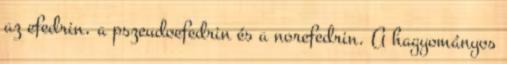
az efedrin, a pszeudoefedrin és a norefedrin. A hagyományos